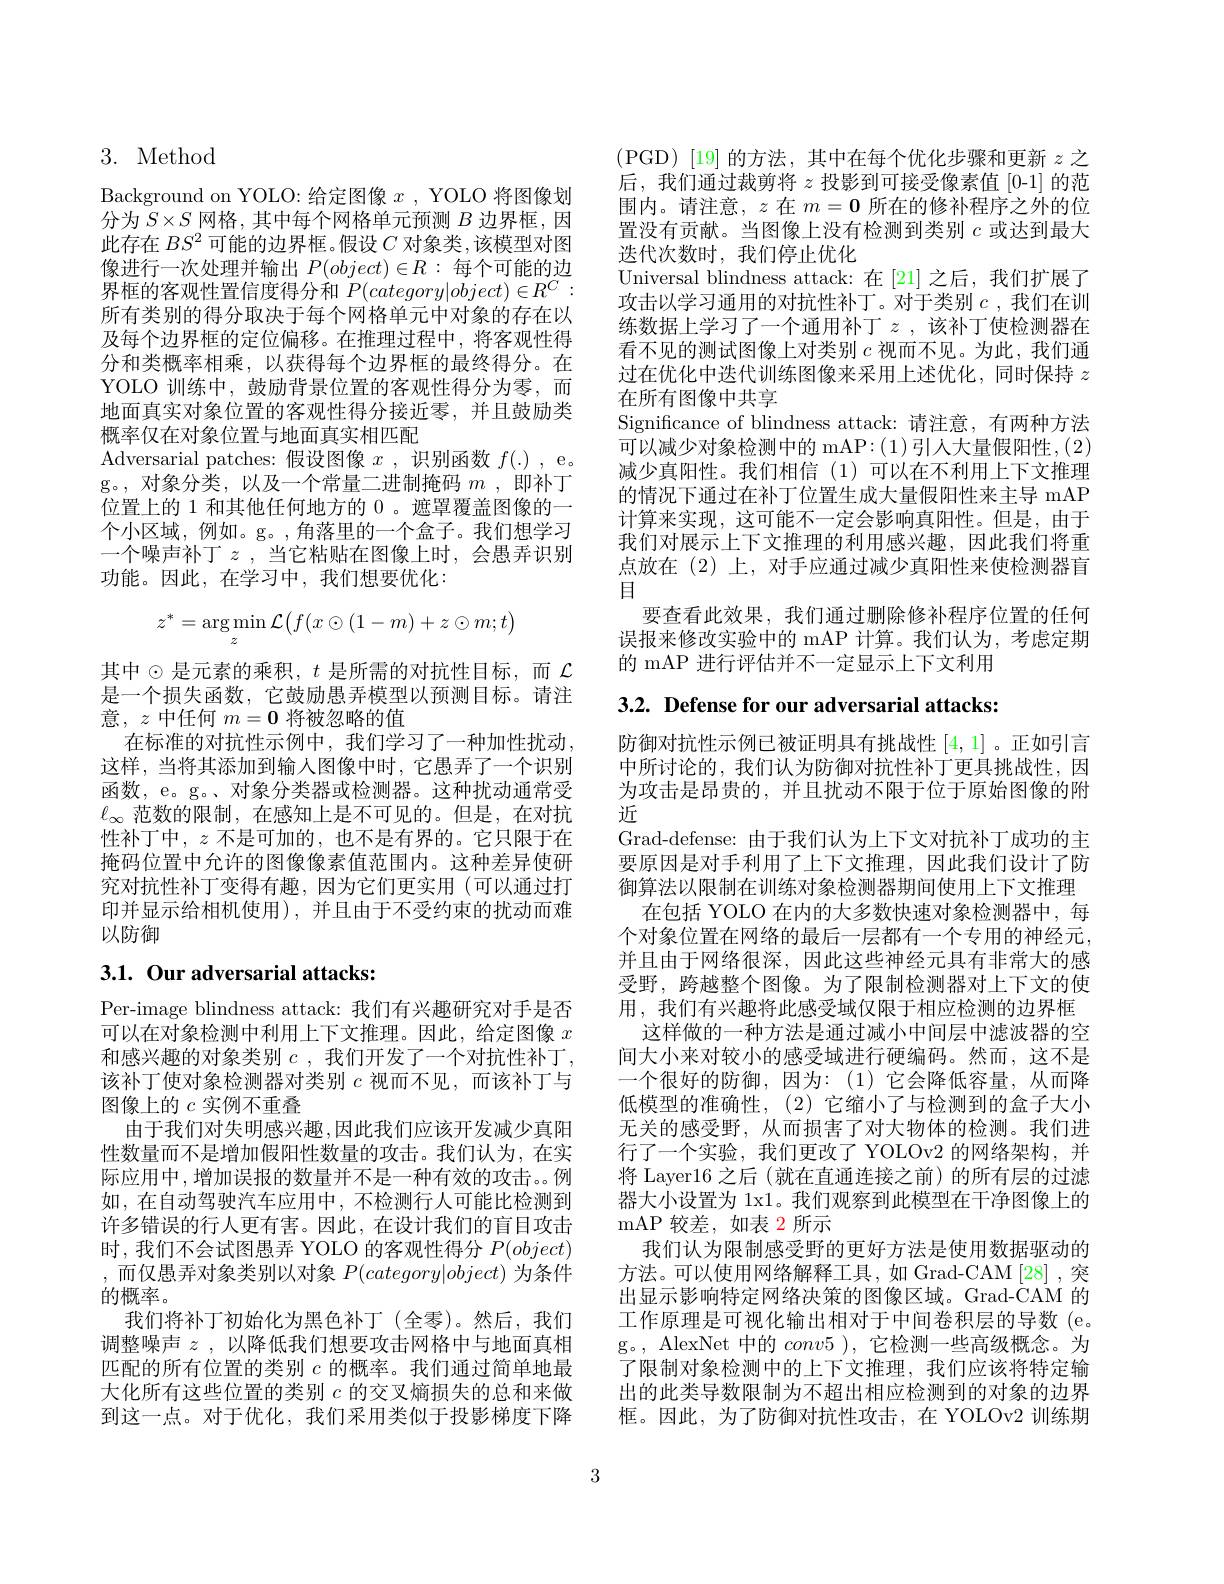
## 3. Method

Background on YOLO: 给定图像$x$ , YOLO 将图像划分为$S\times S$网格，其中每个网格单元预测$B$边界框，因此存在$BS^2$可能的边界框。假设$C$对象类，该模型对图像进行一次处理并输出$P(object)\in R:$每个可能的边界框的客观性置信度得分和$P(category|object)\in R^C:$ 所有类别的得分取决于每个网格单元中对象的存在以及每个边界框的定位偏移。在推理过程中，将客观性得分和类概率相乘，以获得每个边界框的最终得分。在YOLO 训练中，鼓励背景位置的客观性得分为零，而地面真实对象位置的客观性得分接近零，并且鼓励类概率仅在对象位置与地面真实相匹配
Adversarial patches: 假设图像$x$ ,识别函数$f(.)$, e。g。,对象分类，以及一个常量二进制掩码$m$ ,即补丁位置上的 1 和其他任何地方的 0 。遮罩覆盖图像的一个小区域，例如。g。,角落里的一个盒子。我们想学习一个噪声补丁$z$,当它粘贴在图像上时，会愚弄识别功能。因此，在学习中，我们想要优化：
$$z^*=\underset{z}{\arg\min}\mathcal{L}\big(f(x\odot(1-m)+z\odot m;t\big)$$
其中$\odot$是元素的乘积，$t$ 是所需的对抗性目标，而 $\mathcal{L}$ 是一个损失函数，它鼓励愚弄模型以预测目标。请注意，$z$中任何$m=\mathbf{0}$将被忽略的值
在标准的对抗性示例中，我们学习了一种加性扰动这样，当将其添加到输入图像中时，它愚弄了一个识别函数，e。g。、对象分类器或检测器。这种扰动通常受$\ell_\infty$范数的限制，在感知上是不可见的。但是，在对抗性补丁中，$z$不是可加的，也不是有界的。它只限于在掩码位置中允许的图像像素值范围内。这种差异使研究对抗性补丁变得有趣，因为它们更实用(可以通过打印并显示给相机使用),并且由于不受约束的扰动而难以防御

# 3.1. Our adversarial attacks:

Per-image blindness attack: 我们有兴趣研究对手是否可以在对象检测中利用上下文推理。因此，给定图像$x$ 和感兴趣的对象类别 $c$, 我们开发了一个对抗性补丁， 该补丁使对象检测器对类别$c$视而不见，而该补丁与图像上的$c$实例不重叠
由于我们对失明感兴趣，因此我们应该开发减少真阳性数量而不是增加假阳性数量的攻击。我们认为，在实际应用中，增加误报的数量并不是一种有效的攻击。例如，在自动驾驶汽车应用中，不检测行人可能比检测到许多错误的行人更有害。因此，在设计我们的盲目攻击时，我们不会试图愚弄 YOLO 的客观性得分$P(object)$ ,而仅愚弄对象类别以对象$P(category|object)$ 为条件的概率。
我们将补丁初始化为黑色补丁(全零)。然后，我们调整噪声$z$ ,以降低我们想要攻击网格中与地面真相匹配的所有位置的类别$c$的概率。我们通过简单地最大化所有这些位置的类别$c$的交叉熵损失的总和来做到这一点。对于优化，我们采用类似于投影梯度下降

(PGD)[19] 的方法，其中在每个优化步骤和更新$z$ 之后，我们通过裁剪将$z$投影到可接受像素值[0-1]的范围内。请注意，$z$在$m=\mathbf{0}$所在的修补程序之外的位置没有贡献。当图像上没有检测到类别$c$或达到最大迭代次数时，我们停止优化
Universal blindness attack:在 [21]之后，我们扩展了攻击以学习通用的对抗性补丁。对于类别$c$ ,我们在训练数据上学习了一个通用补丁$z$ ,该补丁使检测器在看不见的测试图像上对类别$c$视而不见。为此，我们通过在优化中迭代训练图像来采用上述优化，同时保持$z$ 在所有图像中共享
Signifcance of blindness attack: 请注意，有两种方法可以减少对象检测中的 mAP:(1)引人大量假阳性，(2) 减少真阳性。我们相信(1)可以在不利用上下文推理的情况下通过在补丁位置生成大量假阳性来主导 mAP 计算来实现，这可能不一定会影响真阳性。但是，由于我们对展示上下文推理的利用感兴趣，因此我们将重点放在(2)上，对手应通过减少真阳性来使检测器盲目
要查看此效果，我们通过删除修补程序位置的任何误报来修改实验中的 mAP 计算。我们认为，考虑定期的 mAP 进行评估并不一定显示上下文利用

$3. 2. \textbf{ Defense for our adversarial attacks: }$

防御对抗性示例已被证明具有挑战性[4,1] 。正如引言中所讨论的，我们认为防御对抗性补丁更具挑战性，因为攻击是昂贵的，并且扰动不限于位于原始图像的附近
Grad-defense: 由于我们认为上下文对抗补丁成功的主要原因是对手利用了上下文推理，因此我们设计了防御算法以限制在训练对象检测器期间使用上下文推理
在包括 YOLO 在内的大多数快速对象检测器中，每个对象位置在网络的最后一层都有一个专用的神经元， 并且由于网络很深，因此这些神经元具有非常大的感受野，跨越整个图像。为了限制检测器对上下文的使用，我们有兴趣将此感受域仅限于相应检测的边界框
这样做的一种方法是通过减小中间层中滤波器的空间大小来对较小的感受域进行硬编码。然而，这不是一个很好的防御，因为：(1)它会降低容量，从而降低模型的准确性，(2)它缩小了与检测到的盒子大小无关的感受野，从而损害了对大物体的检测。我们进行了一个实验，我们更改了 YOLOv2 的网络架构，并将 Layer16 之后 (就在直通连接之前) 的所有层的过滤器大小设置为 1x1。我们观察到此模型在干净图像上的mAP 较差，如表 2 所示
我们认为限制感受野的更好方法是使用数据驱动的方法。可以使用网络解释工具，如 Grad-CAM[28],突出显示影响特定网络决策的图像区域。Grad-CAM 的工作原理是可视化输出相对于中间卷积层的导数 (e。g。, AlexNet 中的$conv5$ ), 它检测一些高级概念。为了限制对象检测中的上下文推理，我们应该将特定输出的此类导数限制为不超出相应检测到的对象的边界框。因此，为了防御对抗性攻击，在 YOLOv2 训练期

3